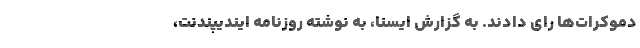
دموکرات‌ها رای دادند. به گزارش ایسنا، به نوشته روزنامه ایندیپندنت،